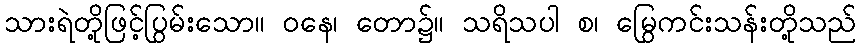
သားရဲတို့ဖြင့်ပြွမ်းသော။ ဝနေ၊ တော၌။ သရိသပါ စ၊ မြွေကင်းသန်းတို့သည်